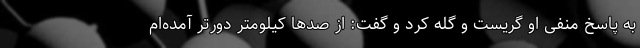
به پاسخ منفی او گریست و گله کرد و گفت: از صدها کیلومتر دورتر آمده‌ام